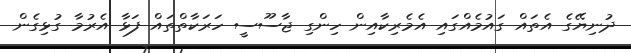
ދުނިޔޭގެ އެތައް ގައުމެއްގައި އެމެރިކާއިން ހިންގި ޖާސޫސީ ހަރަކާތްތައް ފަޅާ އެރުމާ ގުޅިގެން